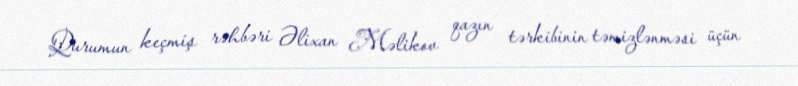
Qurumun keçmiş rəhbəri Əlixan Məlikov qazın tərkibinin təmizlənməsi üçün